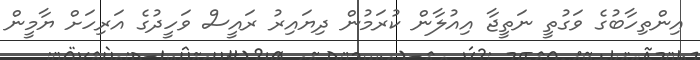
އިންތިހާބުގެ ވަގުތީ ނަތީޖާ އިއުލާން ކުރަމުން ދިޔައިރު ރައީސް ވަހީދުގެ އަރިހަށް ޔާމީން